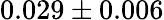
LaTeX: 0.029\pm 0.006